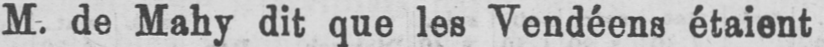
M. de Mahy dit que les Vendéens étaient